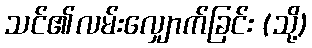
သင်၏လမ်းလျှောက်ခြင်း (သို့)